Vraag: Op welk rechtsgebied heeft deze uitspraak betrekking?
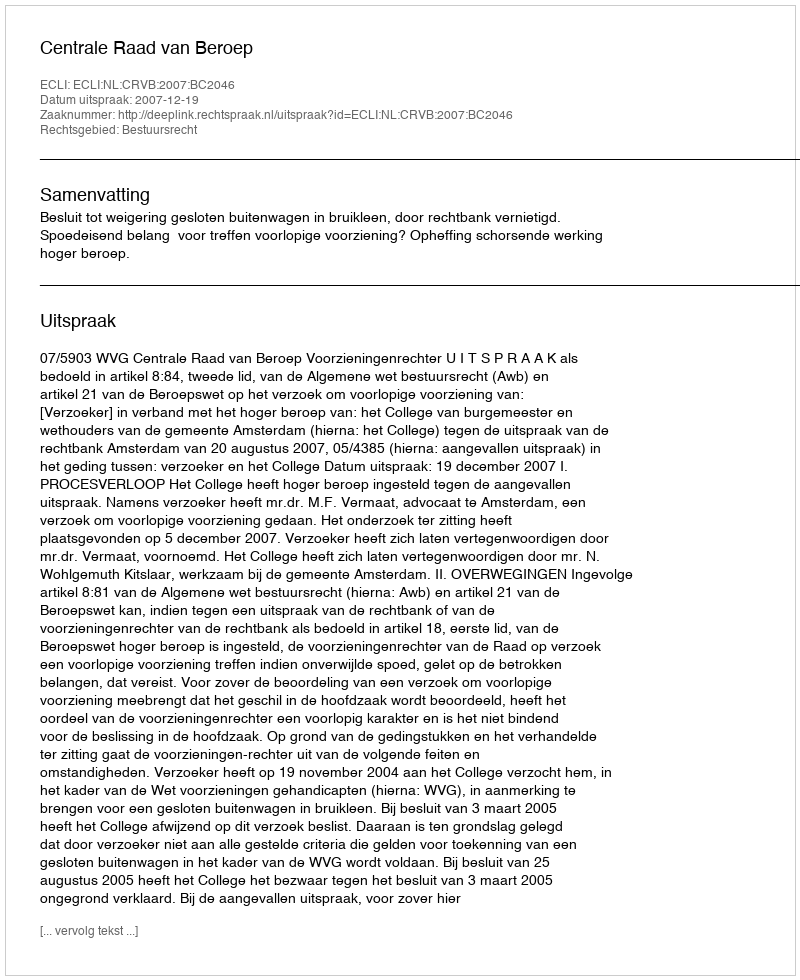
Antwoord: Bestuursrecht